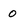
Character: 0